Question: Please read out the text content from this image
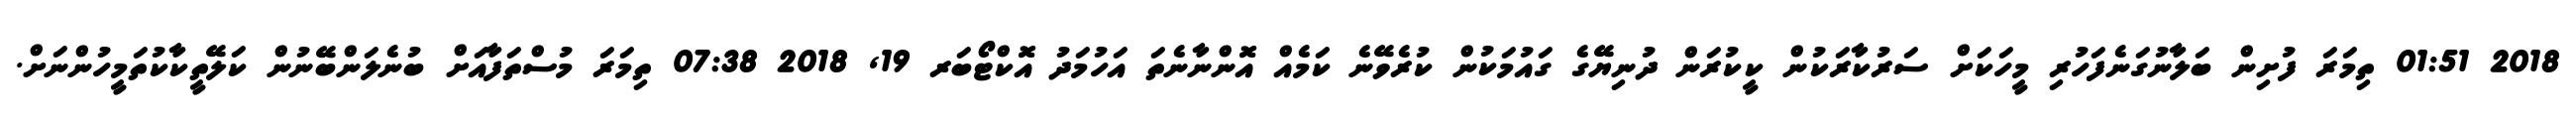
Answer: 2018 01:51 ތިމަރަ ފުށިން ބަލާނުގަނެފަހުރި މީހަކަށް ސަރުކާރަކުން ކީކުރަން ދުނިޔޭގެ ގައުމަކުން ކުރެވޭނެ ކަމެއް އޮންނާނެތަ އަހުމަދު އޮކްޓޯބަރ 19, 2018 07:38 ތިމަރަ މުސްތަފާއަށް ބުނެލަންބޭނުން ކަލޭތީކާކުތަމީހުންނަށް.